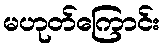
မဟုတ်ကြောင်း